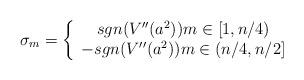
LaTeX: \begin{align*}\sigma_{m}=\left\{\begin{array}[c]{c}sgn(V^{\prime\prime}(a^{2}))m\in\lbrack1,n/4)\\-sgn(V^{\prime\prime}(a^{2}))m\in(n/4,n/2]\end{array}\right. \end{align*}